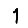
Digit: 1